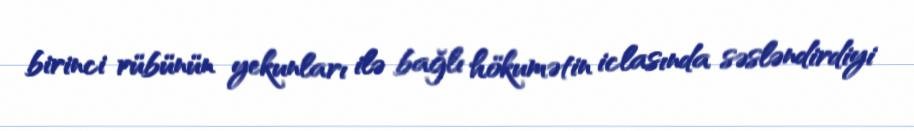
birinci rübünün yekunları ilə bağlı hökumətin iclasında səsləndirdiyi